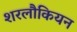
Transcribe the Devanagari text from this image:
शरलौकियन